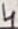
Text: 4